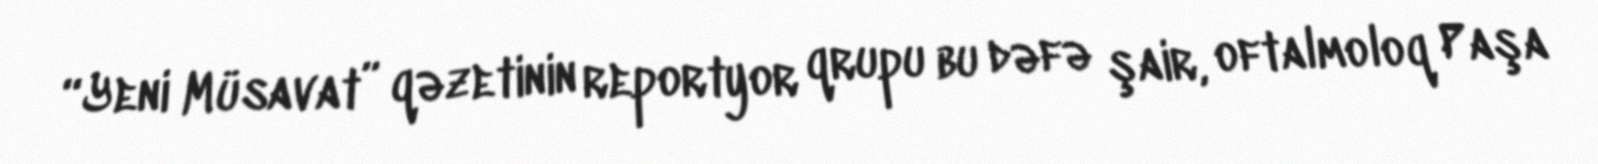
“Yeni Müsavat” qəzetinin reportyor qrupu bu dəfə şair, oftalmoloq Paşa